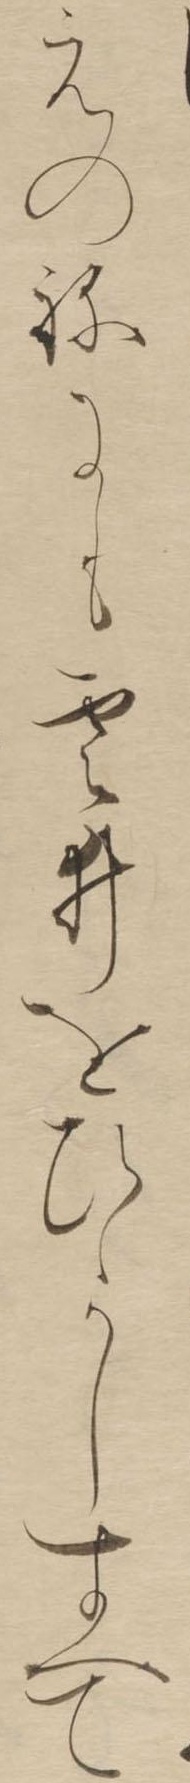
えのねにも雲ゐをひゝかしすへて